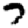
Digit: 7